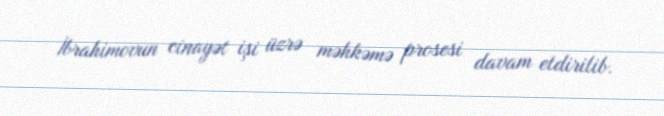
İbrahimovun cinayət işi üzrə məhkəmə prosesi davam etdirilib.